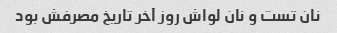
نان تست و نان لواش روز آخر تاریخ مصرفش بود